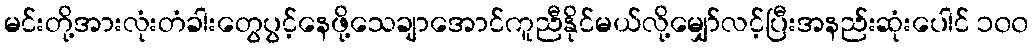
မင်းတို့အားလုံးတံခါးတွေပွင့်နေဖို့သေချာအောင်ကူညီနိုင်မယ်လို့မျှော်လင့်ပြီးအနည်းဆုံးပေါင် ၁၀၀